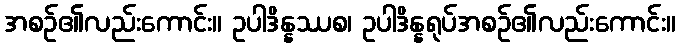
အစဉ်၏လည်းကောင်း။ ဥပါဒိန္နဿစ၊ ဥပါဒိန္နရုပ်အစဉ်၏လည်းကောင်း။